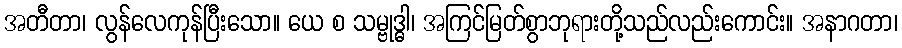
အတီတာ၊ လွန်လေကုန်ပြီးသော။ ယေ စ သမ္ဗုဒ္ဓါ၊ အကြင်မြတ်စွာဘုရားတို့သည်လည်းကောင်း။ အနာဂတာ၊